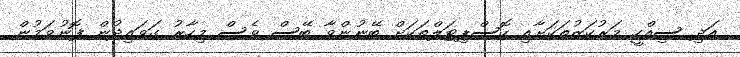
އަދި ސިއްހީ މަރުކަޒުތަކަށާއި ހޮސްޕިޓަލްތަކަށް ބޭނުންވާ ބޭސް ވެސް މިހާރު ގަވައިދުން ފޮނުވަމުން